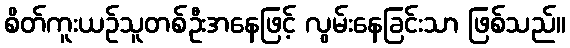
စိတ်ကူးယဉ်သူတစ်ဦးအနေဖြင့် လွမ်းနေခြင်းသာ ဖြစ်သည်။